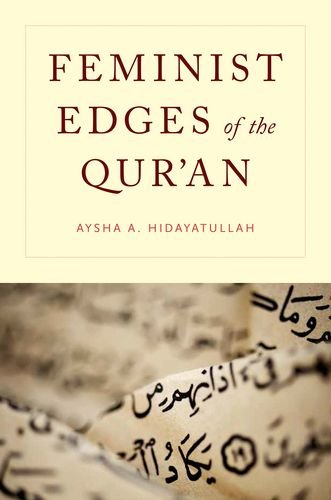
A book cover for Feminist Edges of the Qur'an; Aysha A. Hidayatullah; Religion & Spirituality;